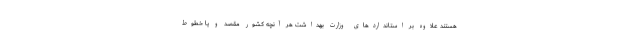
هستند علاوه بر استانداردهای وزارت بهداشت هر آنچه کشور مقصد و یا خطوط